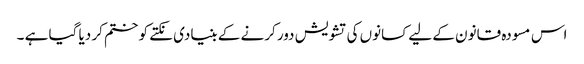
اس مسودہ قانون کے لیے کسانوں کی تشویش دور کرنے کے بنیادی نکتے کو ختم کر دیا گیا ہے ۔